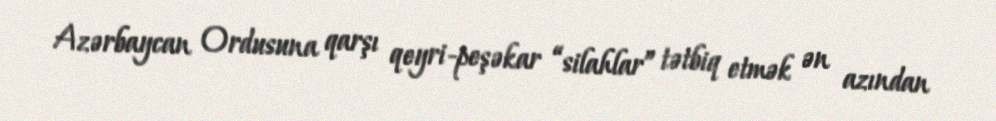
Azərbaycan Ordusuna qarşı qeyri-peşəkar “silahlar” tətbiq etmək ən azından